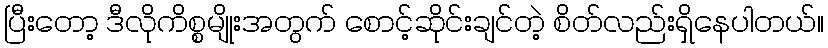
ပြီးတော့ ဒီလိုကိစ္စမျိုးအတွက် စောင့်ဆိုင်းချင်တဲ့ စိတ်လည်းရှိနေပါတယ်။